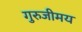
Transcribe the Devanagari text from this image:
गुरुजीमय